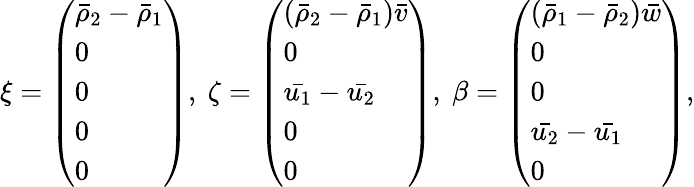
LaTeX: \mathbf{\xi}=\left(\begin{array}{l}{\bar{\rho}_{2}-\bar{\rho}_{1}}\\ {0}\\ {0}\\ {0}\\ {0}\end{array}\right),\ \mathbf{\zeta}=\left(\begin{array}{l}{(\bar{\rho}_{2}-\bar{\rho}_{1})\bar{v}}\\ {0}\\ {\bar{u_{1}}-\bar{u_{2}}}\\ {0}\\ {0}\end{array}\right),\ \mathbf{\beta}=\left(\begin{array}{l}{(\bar{\rho}_{1}-\bar{\rho}_{2})\bar{w}}\\ {0}\\ {0}\\ {\bar{u_{2}}-\bar{u_{1}}}\\ {0}\end{array}\right),